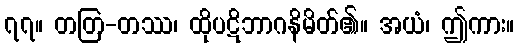
၇၇။ တတြ-တဿ၊ ထိုပဋိဘာဂနိမိတ်၏။ အယံ၊ ဤကား။